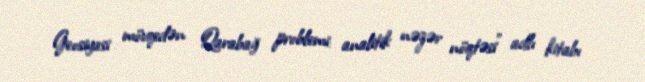
Geosiyasi mövqedən Qarabağ problemi: analitik nəzər nöqtəsi" adlı kitabı